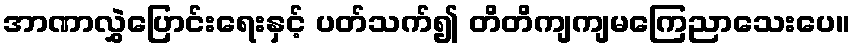
အာဏာလွှဲပြောင်းရေးနှင့် ပတ်သက်၍ တိတိကျကျမကြေညာသေးပေ။